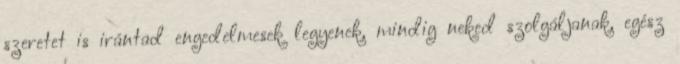
szeretet is irántad engedelmesek legyenek, mindig neked szolgáljanak, egész